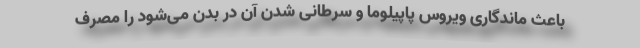
باعث ماندگاری ویروس پاپیلوما و سرطانی شدن آن در بدن می‌شود را مصرف